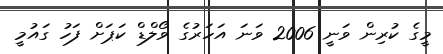
މީގެ ކުރިން ވަނީ 2006 ވަނަ އަހަރުގެ ވޯލްޑް ކަޕަށް ފަހު ގައުމީ